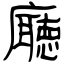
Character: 廰